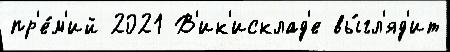
пр'е́м'ий 2021 В'ик'исклад'е вы́гл'яд'ит